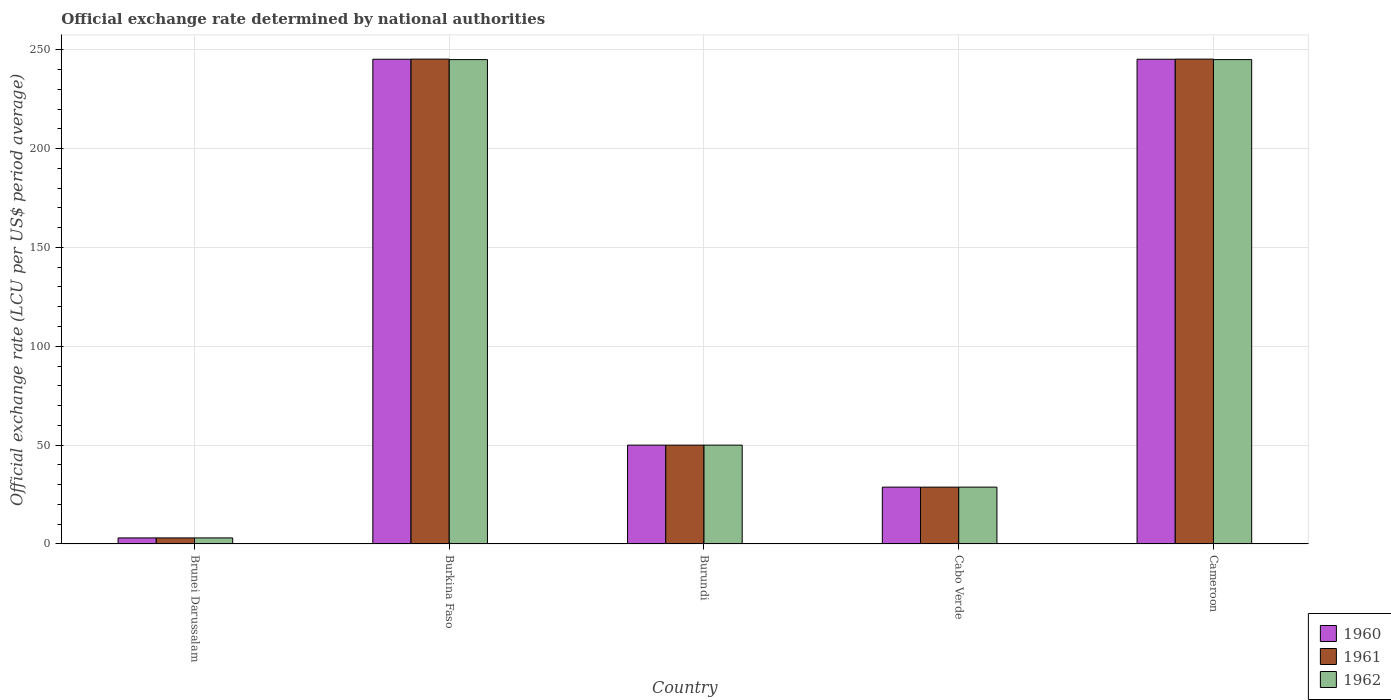
| Country | 1960 | 1961 | 1962 |
 | --- | --- | --- | --- |
 | Brunei Darussalam | 3.06 | 3.06 | 3.06 |
 | Burkina Faso | 245 | 245 | 245 |
 | Burundi | 50 | 50 | 50 |
 | Cabo Verde | 28.8 | 28.8 | 28.8 |
 | Cameroon | 245 | 245 | 245 |